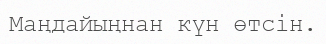
Маңдайыңнан күн өтсін.